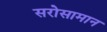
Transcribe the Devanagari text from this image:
सरोसामान